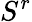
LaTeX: S^{r}